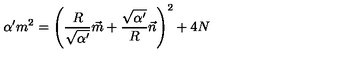
\alpha ^ { \prime } m ^ { 2 } = \left( \frac { R } { \sqrt { \alpha ^ { \prime } } } \vec { m } + \frac { \sqrt { \alpha ^ { \prime } } } { R } \vec { n } \right) ^ { 2 } + 4 N